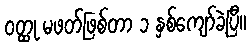
ဝတ္ထု မဖတ်ဖြစ်တာ ၁ နှစ်ကျော်ခဲ့ပြီ။